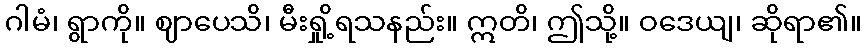
ဂါမံ၊ ရွာကို။ ဈာပေသိ၊ မီးရှို့ရသနည်း။ ဣတိ၊ ဤသို့။ ဝဒေယျ၊ ဆိုရာ၏။